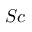
S c